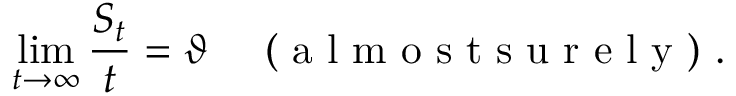
\operatorname* { l i m } _ { t \to \infty } \frac { S _ { t } } { t } = \vartheta \quad \mathrm { ~ ( ~ a ~ l ~ m ~ o ~ s ~ t ~ s ~ u ~ r ~ e ~ l ~ y ~ ) ~ . ~ }